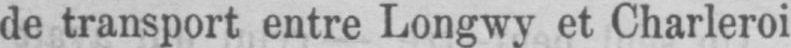
de transport entre Longwy et Charleroi